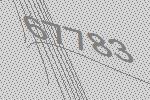
67783